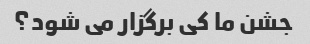
جشن ما کی برگزار می شود؟